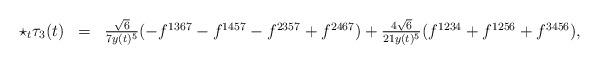
LaTeX: \begin{gather*}\begin{array}{lcl}\star_t\tau_3(t)&=&\frac{\sqrt{6}}{7y(t)^5}(-f^{1367}-f^{1457}-f^{2357}+f^{2467})+\frac{4\sqrt{6}}{21y(t)^5}(f^{1234}+f^{1256}+f^{3456}),\end{array}\end{gather*}